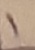
Text: 1